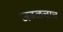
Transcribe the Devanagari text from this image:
जवळचाच